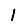
Digit: 1